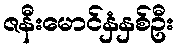
ဇနီးမောင်နှံနှစ်ဦး